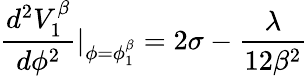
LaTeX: \frac{d^{2}V_{1}^{\beta}}{d\phi^{2}}|_{\phi=\phi_{1}^{\beta}}=2\sigma-\frac{\lambda}{12\beta^{2}}